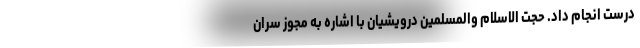
درست انجام داد. حجت الاسلام والمسلمین درویشیان با اشاره به مجوز سران